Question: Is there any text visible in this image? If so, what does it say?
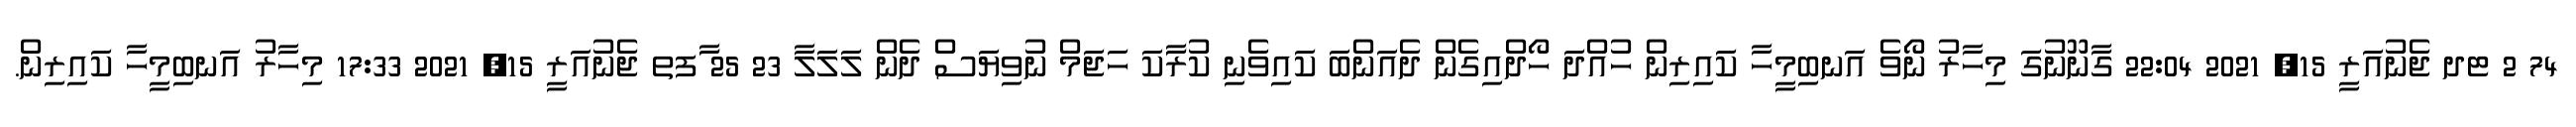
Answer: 74 2 ޓދ ޖެނުއަރީ 15, 2021 22:04 ގާނޫނުގަ މިހާރު ނޯވެ އަނބިމީހާ ކައިރިން ހުއްދަ ހޯދްއިގެން ދެއަންބަ ކައިވެނި ކުރަާކަ ހަޖަމް ނުވިޔަސް ދެން ލަލަލާ 23 25 ާަފތ ޖެނުއަރީ 15, 2021 17:33 މިހާރު އަނބިމީހާ ކައިރިން.